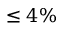
\leq 4 \%